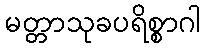
မတ္တာသုခပရိစ္စာဂါ